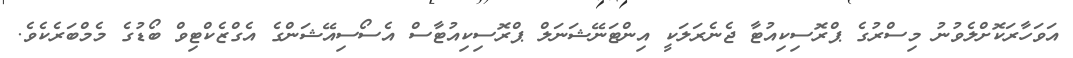
އަވަހާރަކޮށްލެވުނު މިސްރުގެ ޕްރޮސިކިއުޓާ ޖެނެރަލަކީ އިންޓަނޭޝަނަލް ޕްރޮސިކިއުޓާސް އެސޯސިއޭޝަންގެ އެގްޒެކްޓިވް ބޯޑުގެ މެމްބަރެކެވެ.